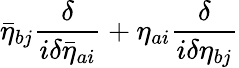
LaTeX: \bar{\eta}_{bj}\frac{\delta}{i\delta\bar{\eta}_{ai}}+\eta_{ai}\frac{\delta}{i\delta\eta_{bj}}